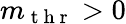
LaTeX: m_{\mathrm{~t~h~r~}}>0